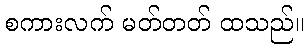
စကားလက် မတ်တတ် ထသည်။